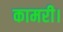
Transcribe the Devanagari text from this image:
कामरी।